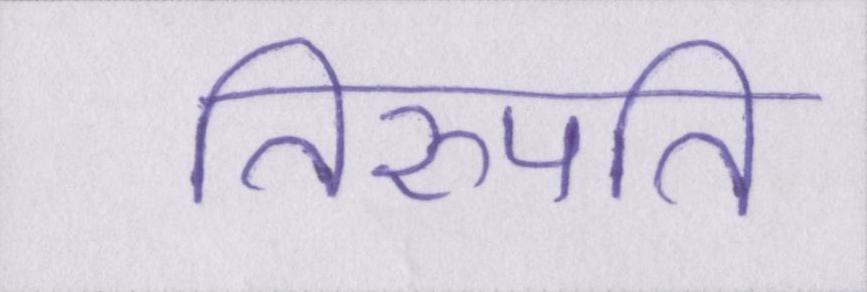
तिरुपति